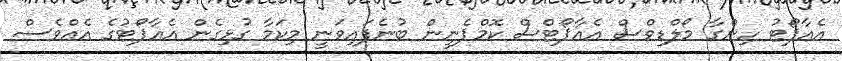
އެއާޕޯޓު ހިންގާ މޯލްޑިވްސް އެއާޕޯޓްސް ކޮމްޕެނީން ބުނެފައިވަނީ މިކަމާ ގުޅިގެން އެއާޕޯޓުގެ އެއްވެސް